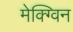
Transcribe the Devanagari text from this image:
मेक्ग्विन